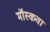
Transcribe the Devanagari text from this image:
मॉस्कवा